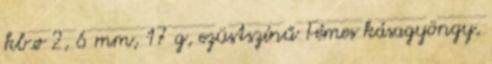
kb.ø 2, 6 mm, 17 g, ezüstszínű Fémes kásagyöngy,